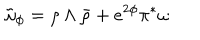
\tilde { \omega } _ { \phi } = \rho \wedge \bar { \rho } + e ^ { 2 \phi } \pi ^ { \ast } \omega